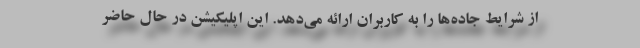
از شرایط جاده‌ها را به کاربران ارائه می‌دهد. این اپلیکیشن در حال حاضر